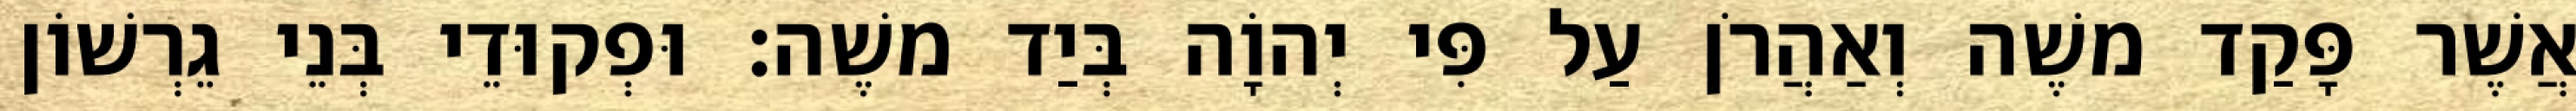
אֲשֶׁר פָּקַד משֶׁה וְאַהֲרֹן עַל פִּי יְהוָֹה בְּיַד משֶׁה׃ וּפְקוּדֵי בְּנֵי גֵרְשׁוֹן